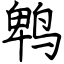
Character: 鹎